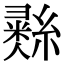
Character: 𢑲